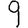
Digit: 9